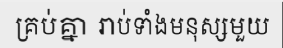
គ្រប់គ្នា រាប់ទាំងមនុស្សមួយ